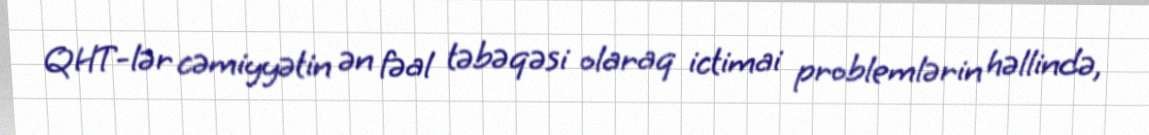
QHT-lər cəmiyyətin ən fəal təbəqəsi olaraq ictimai problemlərin həllində,